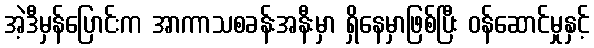
အဲ့ဒီမှန်ပြောင်းက အာကာသစခန်းအနီးမှာ ရှိနေမှာဖြစ်ပြီး ဝန်ဆောင်မှုနှင့်